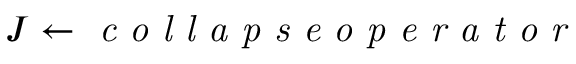
J \gets \textit { c o l l a p s e o p e r a t o r }